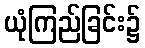
ယုံကြည်ခြင်း၌